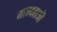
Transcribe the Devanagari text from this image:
मान्यताऒं